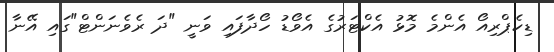
ޑިކެޕްރިއޯ އެންމެ މޮޅު އެކްޓަރުގެ އެވޯޑު ހޯދާފައި ވަނީ "ދަ ރެވެނަންޓް"ގައި އޭނާ